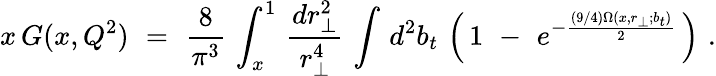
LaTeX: x\, G(x,Q^{2})\, \, =\, \, \frac{8}{\pi^{3}}\, \int_{x}^{1}\, \frac{dr_{\perp}^{2}}{r_{\perp}^{4}}\, \int\, d^{2}b_{t}\, \left(\, 1\, \, -\, \, e^{-\frac{(9/4)\Omega(x,r_{\perp};b_{t})}{2}}\, \right)\, \, .